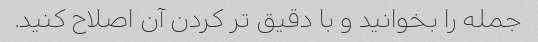
جمله را بخوانید و با دقیق تر کردن آن اصلاح کنید.